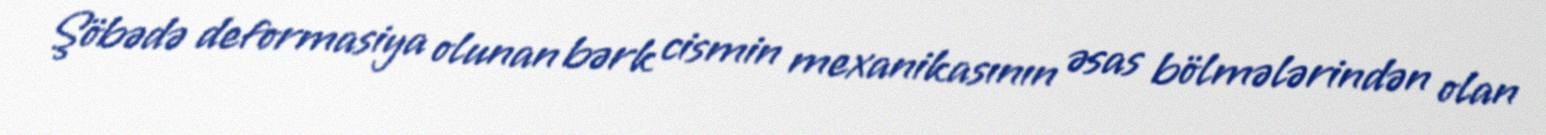
Şöbədə deformasiya olunan bərk cismin mexanikasının əsas bölmələrindən olan